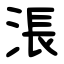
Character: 涱